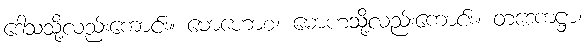
ဒေါသသို့လည်းကောင်း။ မောဟောစ၊ မောဟသို့လည်းကောင်း။ တဒေကဋ္ဌာ၊